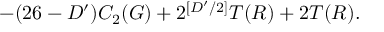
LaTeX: - ( 2 6 - D ^ { \prime } ) C _ { 2 } ( G ) + 2 ^ { [ D ^ { \prime } / 2 ] } T ( R ) + 2 T ( R ) .